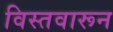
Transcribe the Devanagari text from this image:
विस्तवारून